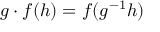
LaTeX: g \cdot f ( h ) = f ( g ^ { - 1 } h )